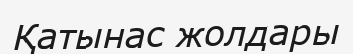
Қатынас жолдары